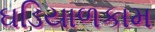
ઘડિયાળકામ